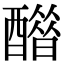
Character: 𨣋